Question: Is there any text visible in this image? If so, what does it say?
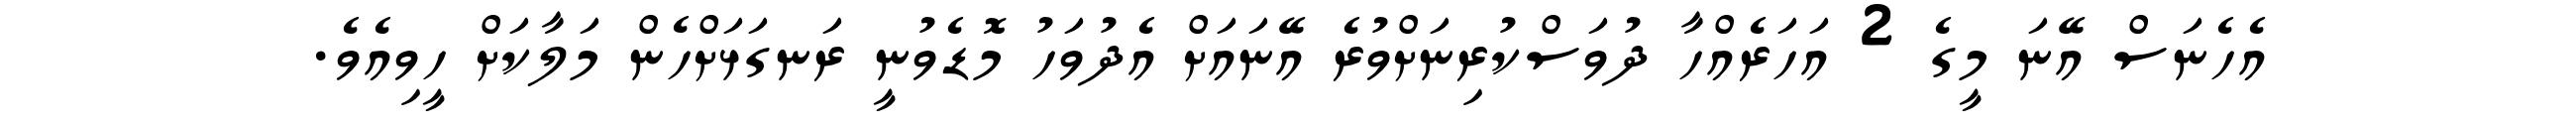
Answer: އެހެނަސް އޭނަ މީގެ 2 އަހަރެއްހާ ދުވަސްކުރިނަށްވުރެ އޭނައަށް އެދުވަހު މޮޑެވުނީ ރަނގަޅަށްހެން މަލާކަށް ހީވިއެވެ.